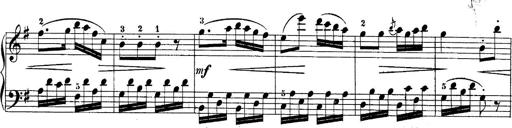
Title: 10 Sonatines progressives
Composer: Anton Schmoll